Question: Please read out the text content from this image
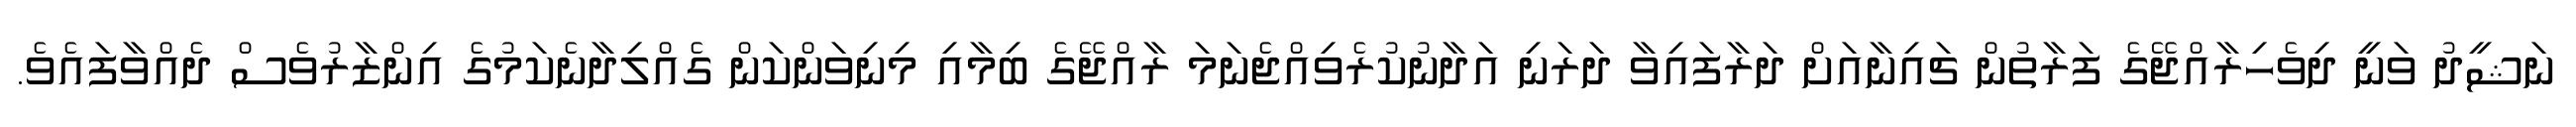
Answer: ނަޝީދު ވަނީ ދިވެހިރާއްޖޭގެ ފަރާތުން ޗައިނާއަށް ދަރާފައިވާ ދަރަނި އަދާނުކުރެވިއްޖެނަމަ ރާއްޖޭގެ ބިމާއި މިނިވަންކަން ގެއްލިދާނެކަމުގެ އިންޒާރުވެސް ދެއްވާފައެވެ.